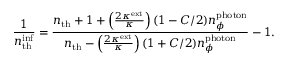
\frac { 1 } { n _ { \mathrm { t h } } ^ { \mathrm { i n f } } } = \frac { n _ { \mathrm { t h } } + 1 + \left( \frac { 2 \kappa ^ { \mathrm { e x t } } } { \kappa } \right) ( 1 - C / 2 ) n _ { \phi } ^ { \mathrm { p h o t o n } } } { n _ { \mathrm { t h } } - \left( \frac { 2 \kappa ^ { \mathrm { e x t } } } { \kappa } \right) ( 1 + C / 2 ) n _ { \phi } ^ { \mathrm { p h o t o n } } } - 1 .